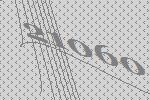
21060